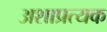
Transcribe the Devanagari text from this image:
अशाप्रत्यक